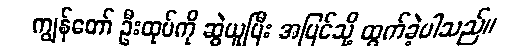
ကျွန်တော် ဦးထုပ်ကို ဆွဲယူပြီး အပြင်သို့ ထွက်ခဲ့ပါသည်။